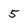
Character: 5